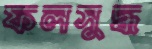
ফলসুদ্ধ